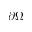
\partial \Omega